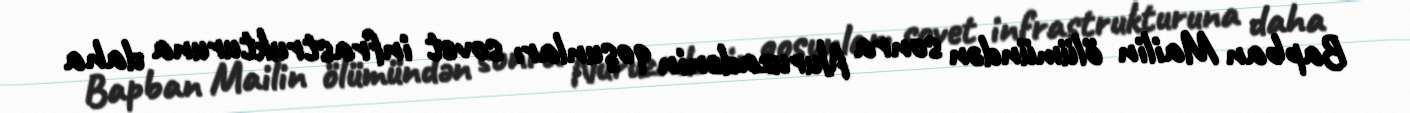
Bapban Mailin ölümündən sonra Nuruzadənin qoşunları sovet infrastrukturuna daha